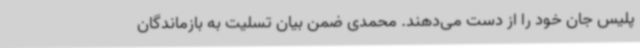
پلیس جان خود را از دست می‌دهند. محمدی ضمن بیان تسلیت به بازماندگان